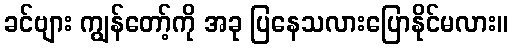
ခင်ဗျား ကျွန်တော့်ကို အခု ပြနေသလားပြောနိုင်မလား။